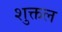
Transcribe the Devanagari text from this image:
शुक्तल